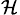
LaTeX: _\mathcal{H}